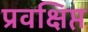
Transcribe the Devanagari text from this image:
प्रवक्षिप्त